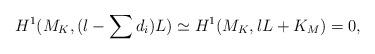
LaTeX: \begin{align*}H^1(M_K, (l-\sum d_i)L) \simeq H^1(M_K, lL+ K_M )=0,\end{align*}